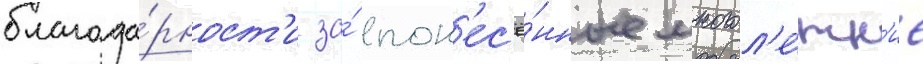
благода́рност'и за́ пон'ес'ё́нные многол'е́тн'ие